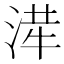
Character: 𭱂